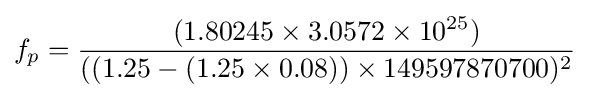
f_{p}={\frac {(1.80245\times 3.0572\times 10^{25})}{((1.25-(1.25\times 0.08))\times 149597870700)^{2}}}